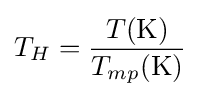
T_{H}={\frac {T({\text{K}})}{T_{mp}({\text{K}})}}